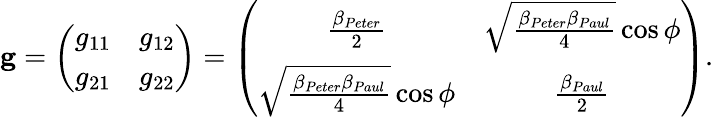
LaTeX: {\mathbf g}=\left(\begin{array}{cc}{{g_{11}}}&{{g_{12}}}\\ {{g_{21}}}&{{g_{22}}}\end{array}\right)=\left(\begin{array}{cc}{{\frac{\beta_{Peter}}{2}}}&{{\sqrt{\frac{\beta_{Peter}\beta_{Paul}}{4}}\cos\phi}}\\ {{\sqrt{\frac{\beta_{Peter}\beta_{Paul}}{4}}\cos\phi}}&{{\frac{\beta_{Paul}}{2}}}\end{array}\right).